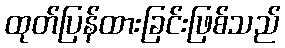
ထုတ်ပြန်ထားခြင်းဖြစ်သည်